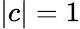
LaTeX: |c|=1